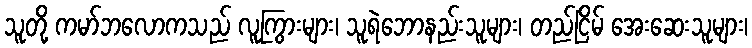
သူတို့ ကမာ်ဘလောကသည် လူကြွားများ၊ သူရဲဘောနည်းသူများ၊ တည်ငြိမ် အေးဆေးသူများ၊